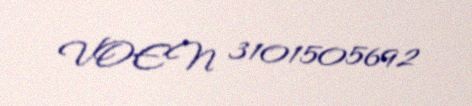
VOEN 3101505692